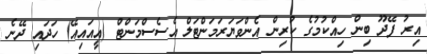
އިރު ފޭދޫ ބިން ހިއްކުމުގެ ކުރިން އެންވަޔަރަމަންޓަލް އެސެސްމަންޓް (އީއައިއޭ) ހަދައި ދޭނެ